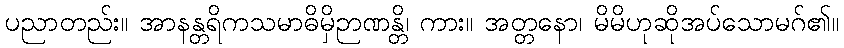
ပညာတည်း။ အာနန္တရိကသမာဓိမှိဉာဏန္တိ၊ ကား။ အတ္တနော၊ မိမိဟုဆိုအပ်သောမဂ်၏။